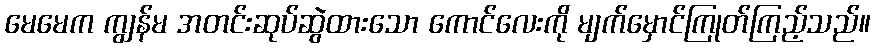
မေမေက ကျွန်မ အတင်းဆုပ်ဆွဲထားသော ကောင်လေးကို မျက်မှောင်ကြုတ်ကြည့်သည်။